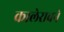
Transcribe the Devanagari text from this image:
कालेरावने